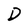
Character: D